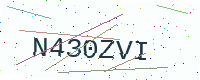
Text: N430ZVI